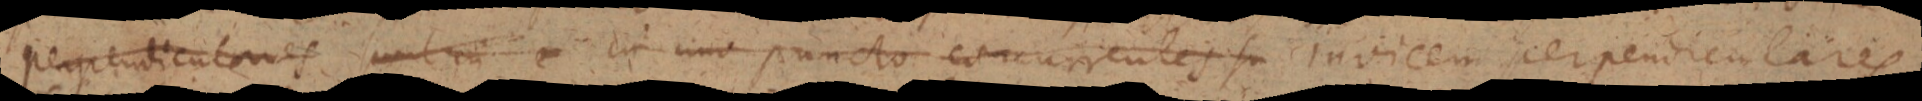
perpendiculares sunt in uno puncto concurrentes su invicem perpendiculares